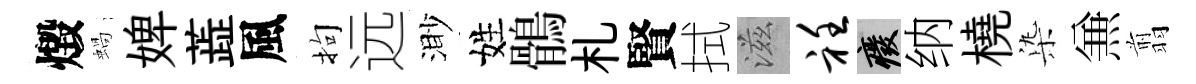
燬蝸婢蕋風拘远渺姓鶻札賢拭滋衽廢纳橈𣑱𠔥翦